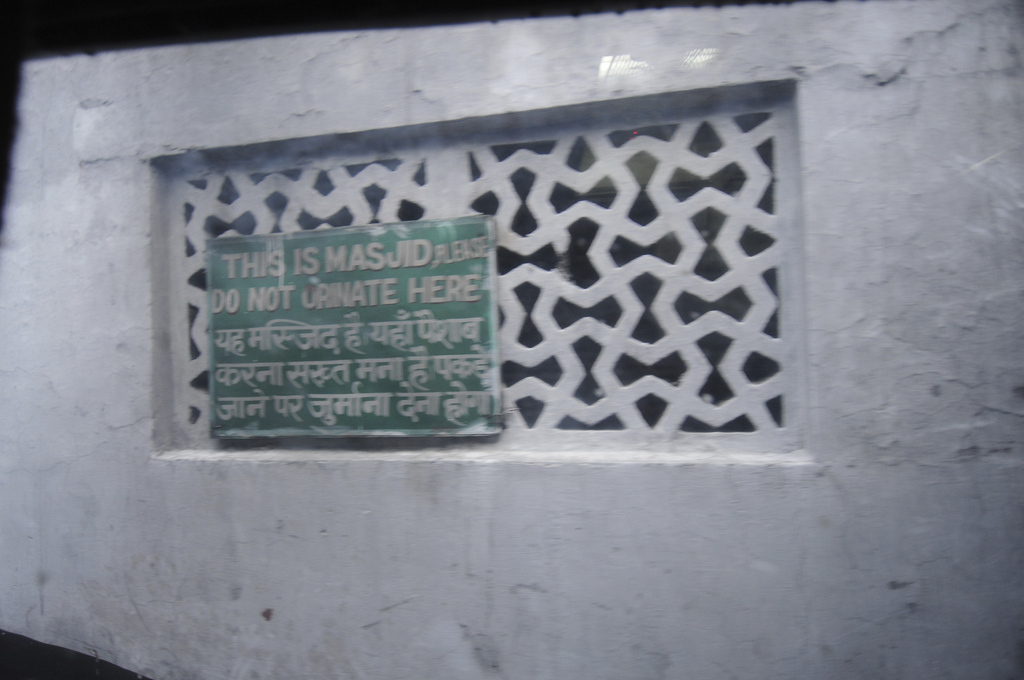
Language: hindi
Transcription: करना संख्त मना जाने पर जुर्माना यह मस्जिद